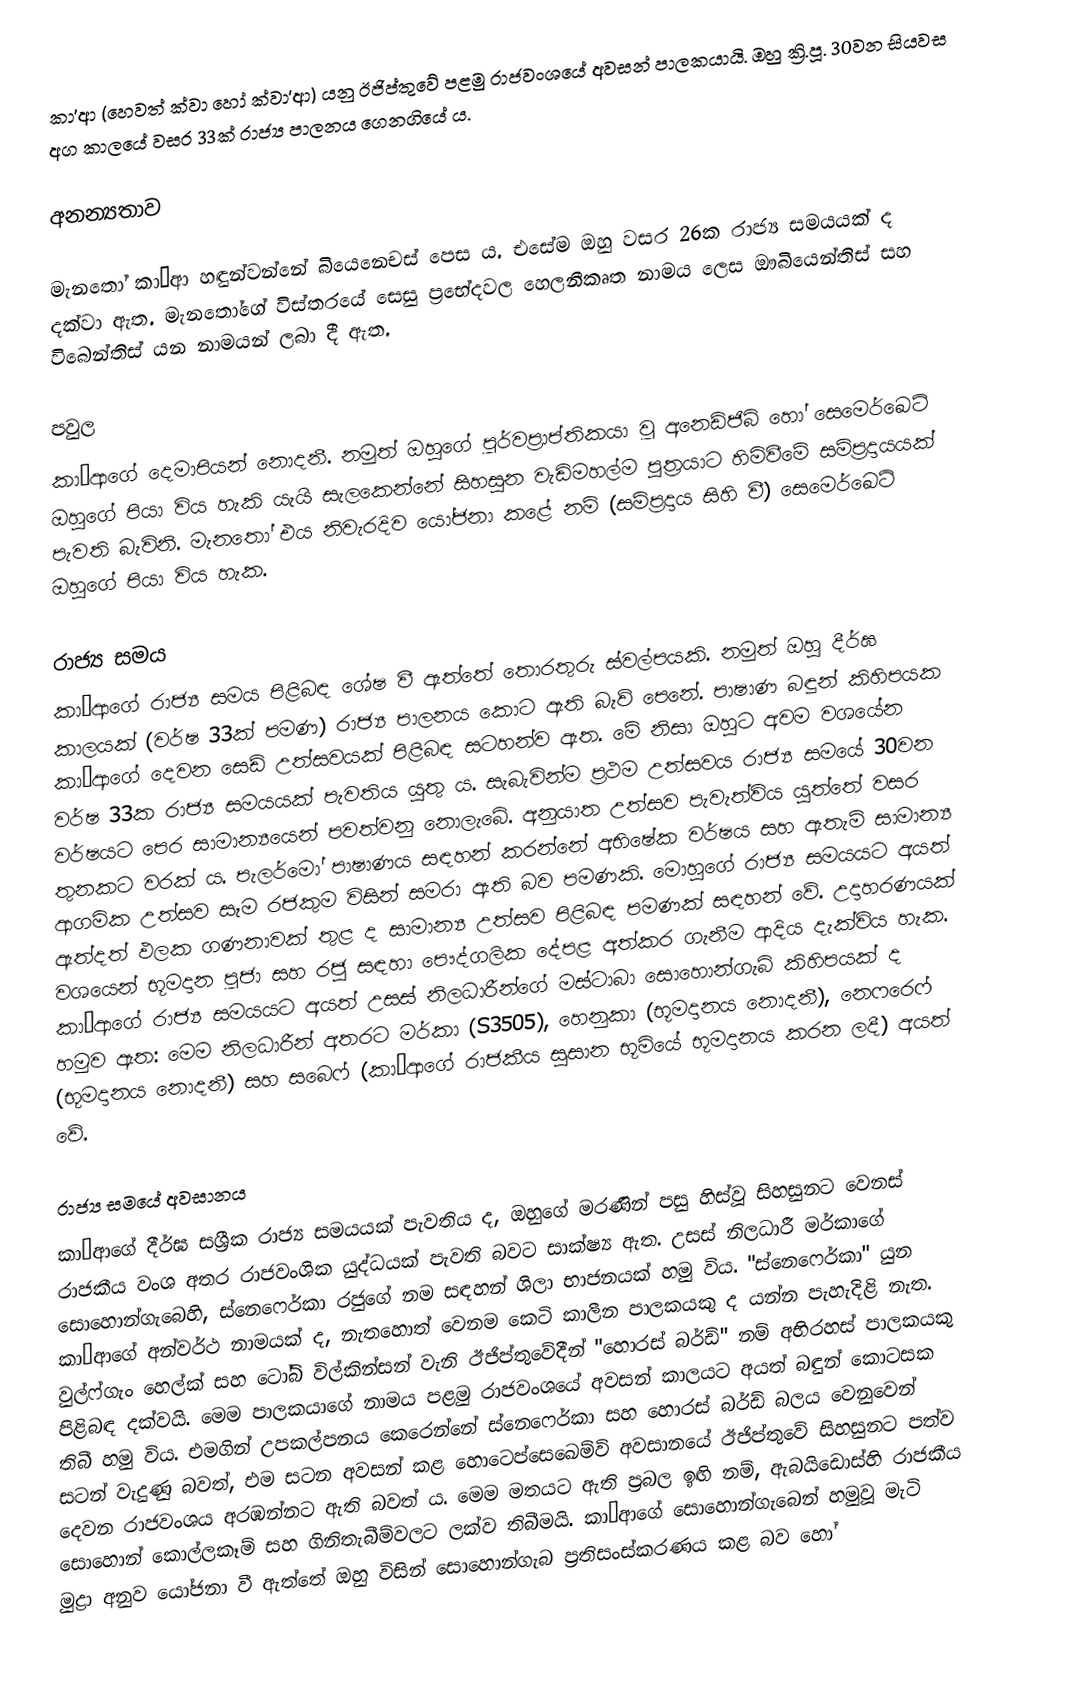
කා’ආ (හෙවත් ක්වා හෝ ක්වා’ආ) යනු ඊජිප්තුවේ පළමු රාජවංශයේ අවසන් පාලකයායි. ඔහු ක්‍රි.පූ. 30වන සියවස අග කාලයේ වසර 33ක් රාජ්‍ය පාලනය ගෙනගියේ ය.

අනන්‍යතාව

මැනතෝ කා’ආ හඳුන්වන්නේ බියෙනෙචස් පෙස ය. එසේම ඔහු වසර 26ක රාජ්‍ය සමයයක් ද දක්වා ඇත. මැනතෝගේ විස්තරයේ සෙසු ප්‍රභේදවල හෙලනීකෘත නාමය ලෙස ඖබියෙන්තිස් සහ විබෙන්තිස් යන නාමයන් ලබා දී ඇත.

පවුල
කා’ආගේ දෙමාපියන් නොදනී. නමුත් ඔහුගේ පූර්වප්‍රාප්තිකයා වූ අනෙඩ්ජිබ් හෝ සෙමෙර්ඛෙට් ඔහුගේ පියා විය හැකි යැයි සැලකෙන්නේ සිහසුන වැඩිමහල්ම පුත්‍රයාට හිමිවීමේ සම්ප්‍රදායයක් පැවති බැවිනි. මැනතෝ එය නිවැරදිව යෝජනා කළේ නම් (සම්ප්‍රදාය සිහි වී) සෙමෙර්ඛෙට් ඔහුගේ පියා විය හැක.

රාජ්‍ය සමය
කා’ආගේ රාජ්‍ය සමය පිළිබඳ ශේෂ වී ඇත්තේ තොරතුරු ස්වල්පයකි. නමුත් ඔහු දීර්ඝ කාලයක් (වර්ෂ 33ක් පමණ) රාජ්‍ය පාලනය කොට ඇති බැව් පෙනේ. පාෂාණ බඳුන් කිහිපයක කා’ආගේ දෙවන සෙඩ් උත්සවයක් පිළිබඳ සටහන්ව ඇත. මේ නිසා ඔහුට අවම වශයේන වර්ෂ 33ක රාජ්‍ය සමයයක් පැවතිය යුතු ය. සැබැවින්ම ප්‍රථම උත්සවය රාජ්‍ය සමයේ 30වන වර්ෂයට පෙර සාමාන්‍යයෙන් පවත්වනු නොලැබේ. අනුයාත උත්සව පැවැත්විය යුත්තේ වසර තුනකට වරක් ය. පැලර්මෝ පාෂාණය සඳහන් කරන්නේ අභිෂේක වර්ෂය සහ ඇතැම් සාමාන්‍ය ආගමික උත්සව සෑම රජකුම විසින් සමරා ඇති බව පමණකි. මොහුගේ රාජ්‍ය සමයයට අයත් ඇත්දත් ඵලක ගණනාවක් තුළ ද සාමාන්‍ය උත්සව පිළිබඳ පමණක් සඳහන් වේ. උදාහරණයක් වශයෙන් භූමදාන පූජා සහ රජු සඳහා පෞද්ගලික දේපළ අත්කර ගැනීම ආදිය දැක්විය හැක. කා’ආගේ රාජ්‍ය සමයයට අයත් උසස් නිලධාරීන්ගේ මස්ටාබා සොහොන්ගැබ් කිහිපයක් ද හමුව ඇත: මෙම නිලධාරීන් අතරට මර්කා (S3505), හෙනුකා (භූමදානය නොදනී), නෙෆරෙෆ් (භූමදානය නොදනී) සහ සබෙෆ් (කා’ආගේ රාජකීය සුසාන භූමියේ භූමදානය කරන ලදී) අයත් වේ.

රාජ්‍ය සමයේ අවසානය
කා’ආගේ දීර්ඝ සශ්‍රීක රාජ්‍ය සමයයක් පැවතිය ද, ඔහුගේ මරණින් පසු හිස්වූ සිහසුනට වෙනස් රාජකීය වංශ අතර රාජවංශික යුද්ධයක් පැවති බවට සාක්ෂ්‍ය ඇත. ‍උසස් නිලධාරී මර්කාගේ ‍සොහොන්ගැබෙහි, ස්නෙෆෙර්කා රජුගේ නම සඳහන් ශිලා භාජනයක් හමු විය. "ස්නෙෆෙර්කා" යුන කා’ආගේ අන්වර්ථ නාමයක් ද, නැතහොත් වෙනම කෙටි කාලීන පාලකයකු ද යන්න පැහැදිළි නැත. වුල්ෆ්ගැං හෙල්ක් සහ ටෝබි විල්කින්සන් වැනි ඊජිප්තුවේදීන් "හොරස් බර්ඩ්" නම් අභිරහස් පාලකයකු පිළිබඳ දක්වයි. මෙම පාලකයාගේ නාමය පළමු රාජවංශයේ අවසන් කාලයට අයත් බඳුන් ‍කොටසක තිබී හමු විය. එමගින් උපකල්පනය කෙරෙන්නේ ස්නෙෆෙර්කා සහ හොරස් බර්ඩ් බලය වෙනුවෙන් සටන් වැදුණු බවත්, එම සටන අවසන් කළ හොටෙප්සෙඛෙම්වි අවසානයේ ඊජිප්තුවේ සිහසුනට පත්ව දෙවන රාජවංශය අරඹන්නට ඇති බවත් ය. මෙම මතයට ඇති ප්‍රබල ඉඟි නම්, ඇබයිඩොස්හි රාජකීය සොහොන් කොල්ලකෑම් සහ ගිනිතැබීම්වලට ලක්ව තිබීමයි. කා’ආගේ සොහොන්ගැබෙන් හමුවූ මැටි මුද්‍රා අනුව යෝජනා වී ඇත්තේ ඔහු විසින් සොහොන්ගැබ ප්‍රතිසංස්කරණය කළ බව හෝ